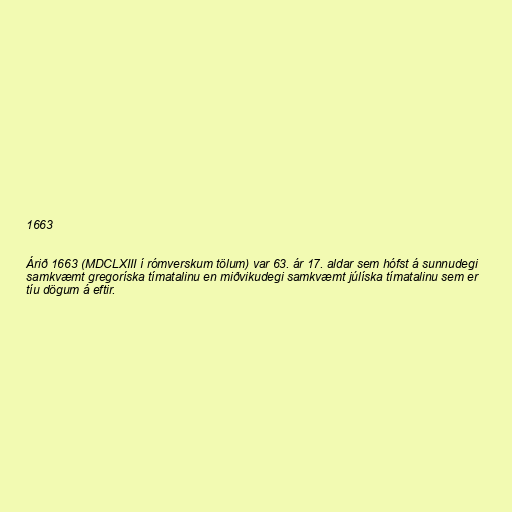
1663

Árið 1663 (MDCLXIII í rómverskum tölum) var 63. ár 17. aldar sem hófst á sunnudegi
samkvæmt gregoríska tímatalinu en miðvikudegi samkvæmt júlíska tímatalinu sem er
tíu dögum á eftir.